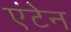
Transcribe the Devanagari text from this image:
एंटेन